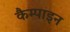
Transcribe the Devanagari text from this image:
कैम्पाइन